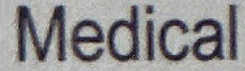
Medical